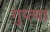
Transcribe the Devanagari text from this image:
गुप्‍त्या